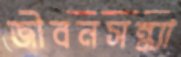
জীবনসন্ধ্যা